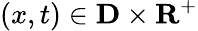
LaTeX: (x,t)\in\mathbf{D}\times\mathbf{R}^{+}